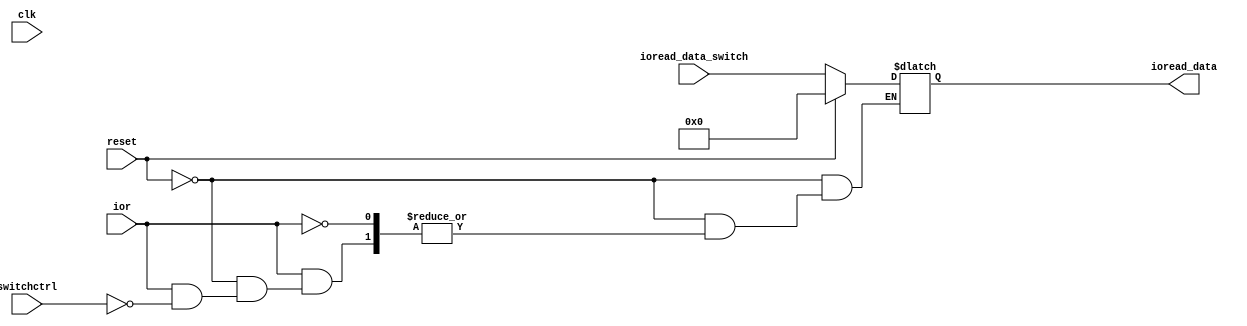
`timescale 1ns / 1ps
//////////////////////////////////////////////////////////////////////////////////

module ioread(reset,clk,ior,switchctrl,ioread_data,ioread_data_switch);
    input reset,clk;
    input ior,switchctrl;
    input[15:0] ioread_data_switch;
    output[15:0] ioread_data;
    
    reg[15:0] ioread_data;
    always @* begin
        if(reset == 1)
            ioread_data = 16'b0000000000000000;
        else if(ior == 1) begin
            if(switchctrl == 1)
                ioread_data = ioread_data_switch;
            else
                ioread_data = ioread_data;
        end
    end
endmodule